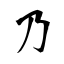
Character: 乃